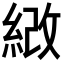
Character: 𦀻